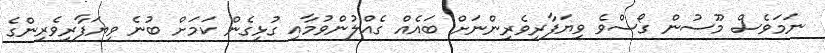
ނަމަވެސް މޫސުން ގޯސްވެ ވިޔަފާރިވެރިންނަށް ބައެއް ގެއްލުންވުމާއި ގުޅިގެން ކަމަށް ބުނެ ވިޔަފާރިވެރިންގެ